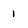
Character: 1